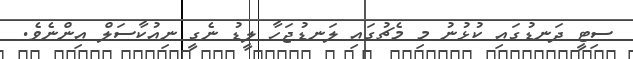
ސިޓީ ދަނޑުގައި ކުޅުނު މި މެޗުގައި ލަނޑުޖަހާ ލީޑު ނެގީ ނިއުކާސަލް އިންނެވެ.